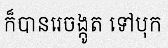
ក៏បានរេចង្កូត ទៅបុក